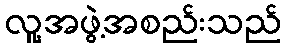
လူ့အဖွဲ့အစည်းသည်